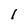
Character: 1